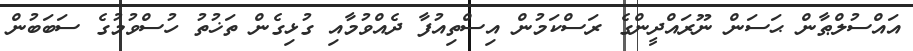
އައްސުލްޠާން ޙަސަން ނޫރައްދީންގެ ރަސްކަމުން އިސްތިއުފާ ދެއްވުމާއި ގުޅިގެން ތަޚުތު ހުސްވުމުގެ ސަބަބުން